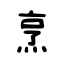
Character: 烹